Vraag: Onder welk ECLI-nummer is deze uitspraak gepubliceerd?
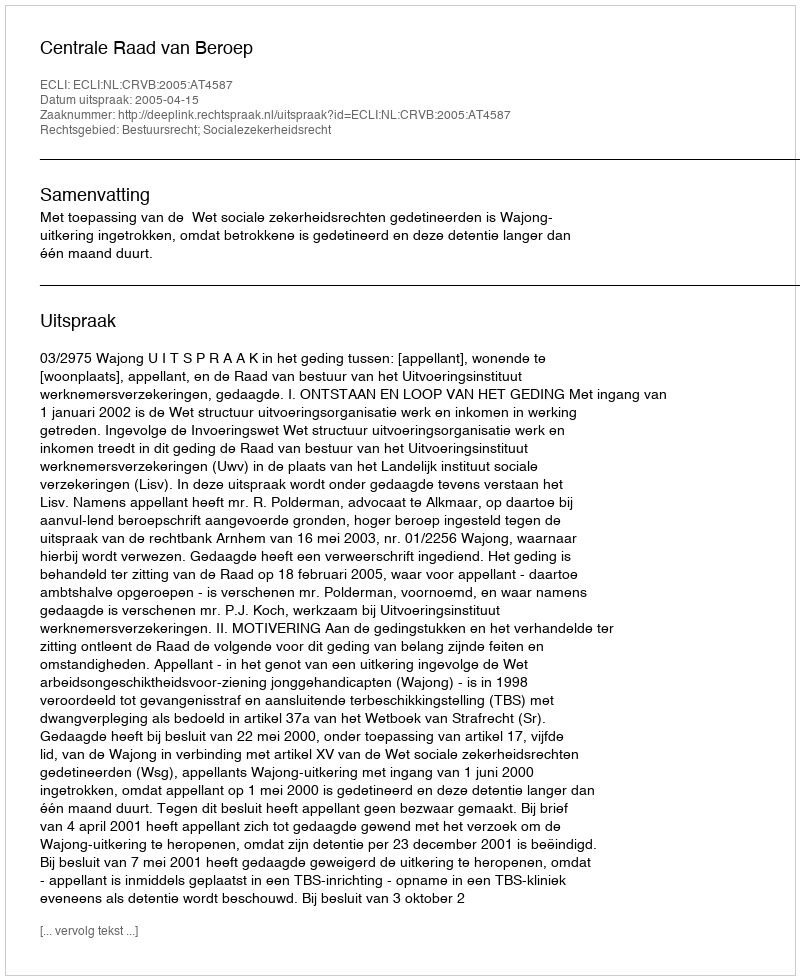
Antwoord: ECLI:NL:CRVB:2005:AT4587